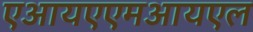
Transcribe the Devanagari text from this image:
एआयएएमआयएल